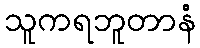
သူကရဘူတာနံ